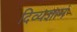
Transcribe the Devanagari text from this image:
दिव्यज्ञानं